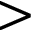
>